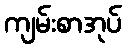
ကျမ်းစာအုပ်